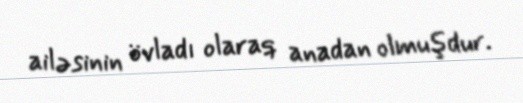
ailəsinin övladı olaraq anadan olmuşdur.